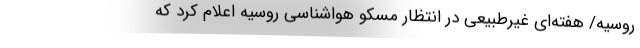
روسیه/ هفته‌ای غیرطبیعی در انتظار مسکو هواشناسی روسیه اعلام کرد که